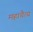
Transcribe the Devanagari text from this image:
महाचैत्य